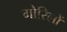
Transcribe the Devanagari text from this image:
गोरिलों